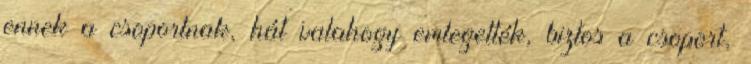
ennek a csoportnak, hát valahogy emlegették, biztos a csoport,